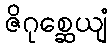
ဇိဂုစ္ဆေယျံ